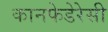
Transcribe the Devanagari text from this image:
कानफेडेरेसी